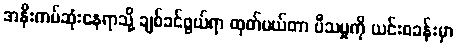
အနီးကပ်ဆုံးနေရာသို့ ချစ်ခင်ဖွယ်ရာ ထုတ်ပယ်တာ ပီသမှုကို ယင်းစခန်းမှာ